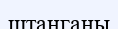
штанганы